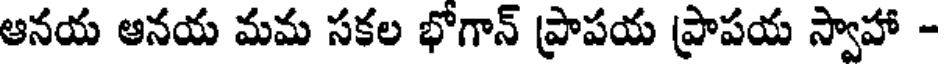
ఆనయ ఆనయ మమ సకల భోగాన్ ప్రాపయ ప్రాపయ స్వాహా -